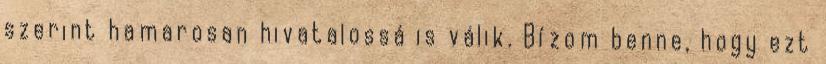
szerint hamarosan hivatalossá is válik. Bízom benne, hogy ezt